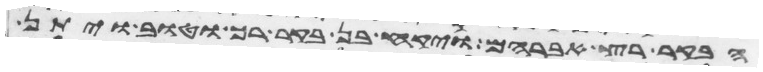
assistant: הבקר רץ אברהם ויקח בן בקר רך וטוב ויתן